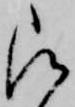
被